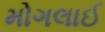
મોગલાઈ